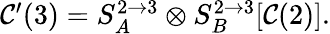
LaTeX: \begin{array}{r}{\mathcal{C}^{\prime}(3)=S_{A}^{2\to 3}\otimes S_{B}^{2\to 3}[\mathcal{C}(2)].}\end{array}